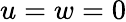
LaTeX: u=w=0